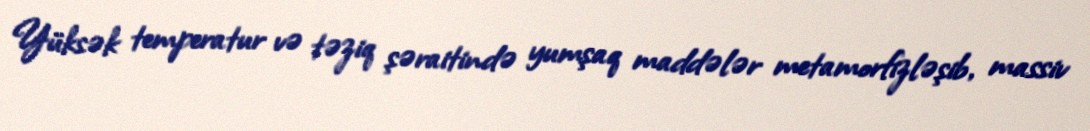
Yüksək temperatur və təziq şəraitində yumşaq maddələr metamorfizləşib, massiv